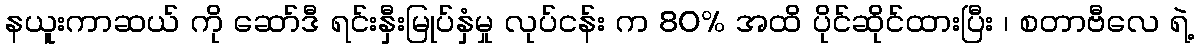
နယူးကာဆယ် ကို ဆော်ဒီ ရင်းနှီးမြုပ်နှံမှု လုပ်ငန်း က 80% အထိ ပိုင်ဆိုင်ထားပြီး ၊ စတာဗီလေ ရဲ့